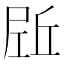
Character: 𡲌